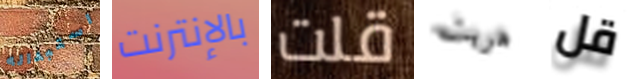
استبداله بالإنترنت قلت هربت قل